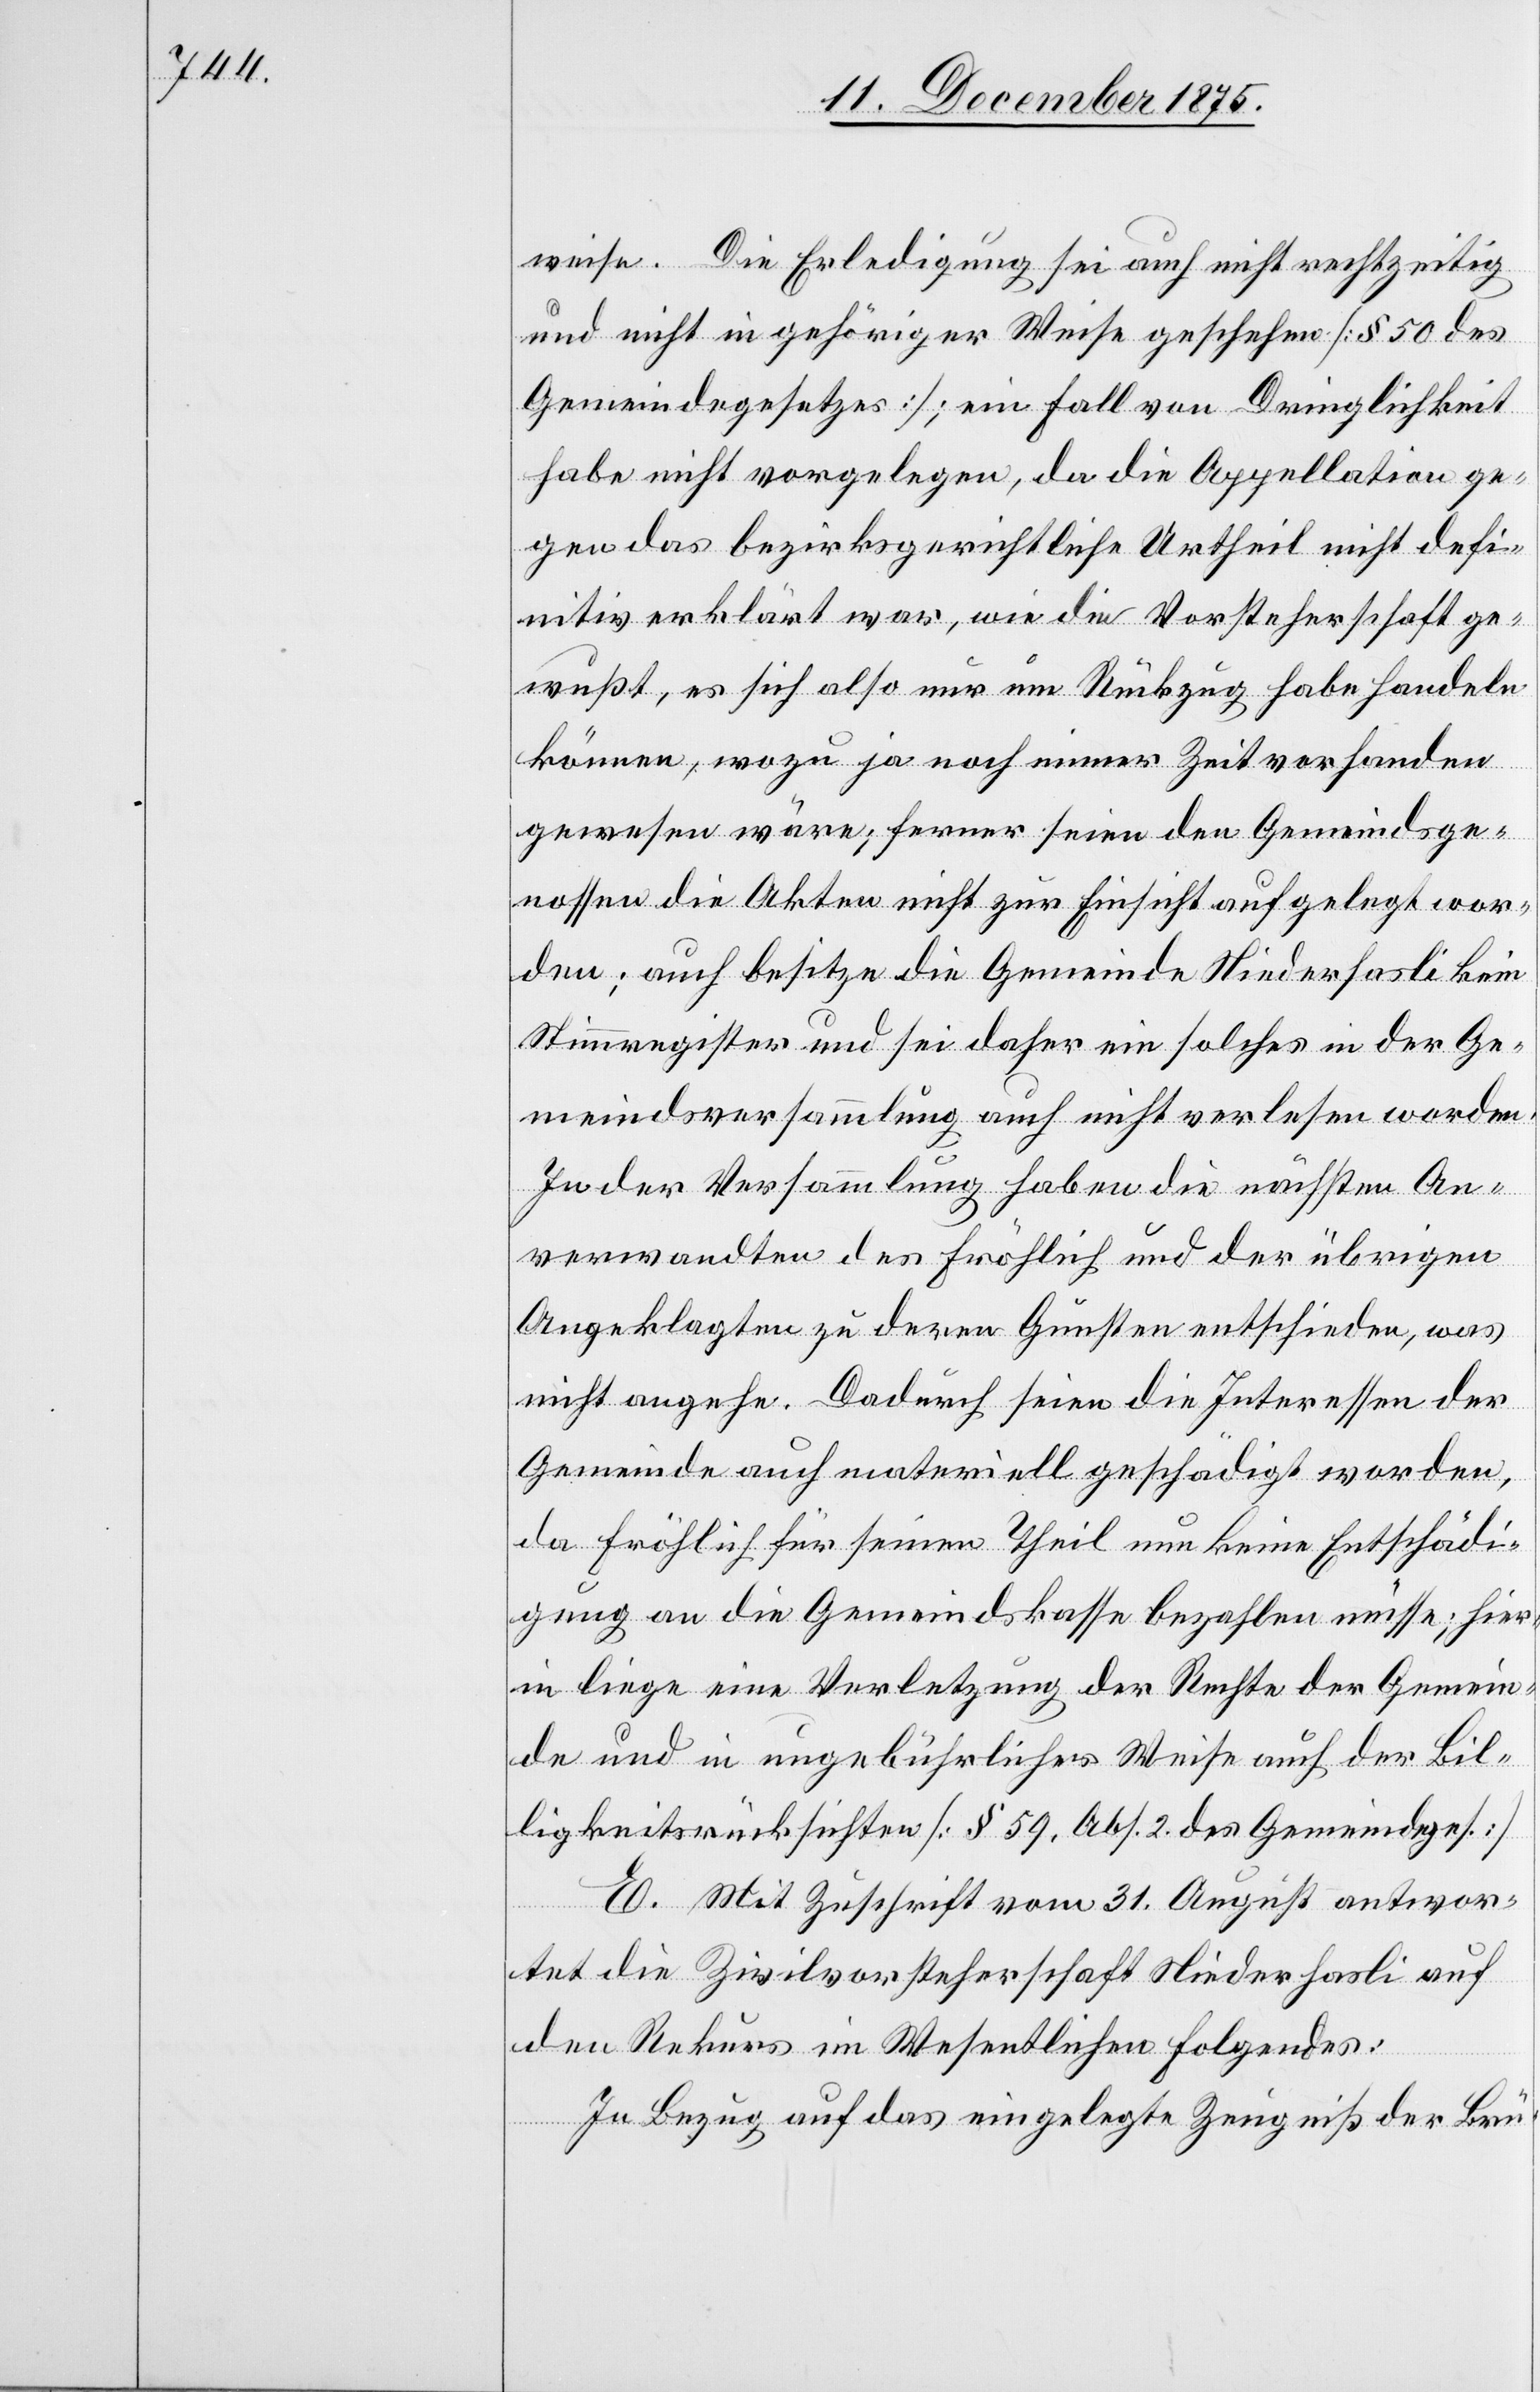
weise. Die Erledigung sei auch nicht rechtzeitig
und nicht in gehöriger Weise geschehen [§ 50 des
Gemeindegesetzes]; ein Fall von Dringlichkeit
habe nicht vorgelegen, da die Appellation ge¬
gen das bezirksgerichtliche Urtheil nicht defi¬
nitiv erklärt war, wie die Vorsteherschaft ge¬
wußt, es sich also nur um Rückzug habe handeln
können, wozu ja noch immer Zeit vorhanden
gewesen wäre; ferner seien den Gemeindsge¬
nossen die Akten nicht zur Einsicht aufgelegt wor¬
den; auch besitze die Gemeinde Niederhasli kein
Stimmregister und sei daher ein solches in der Ge¬
meindsversammlung auch nicht verlesen worden.
In der Versammlung haben die nächsten An¬
verwandten des Fröhlich und der übrigen
Angeklagten zu deren Gunsten entschieden, was
nicht angehe. Dadurch seien die Interessen der
Gemeinde auch materiell geschädigt worden,
da Fröhlich für seinen Theil nun keine Entschädi¬
gung an die Gemeindskasse bezahlen müsse; hier¬
in liege eine Verletzung der Rechte der Gemein¬
de und in ungebührlicher Weise auch der Bil¬
ligkeitsrücksichten [§ 59, Abs. 2 des Gemeindeges.]
E. Mit Zuschrift vom 31. August antwor¬
tet die Zivilvorsteherschaft Niederhasli auf
den Rekurs im Wesentlichen Folgendes:
In Bezug auf das eingelegte Zeugniß der Brü-